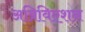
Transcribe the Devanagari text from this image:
अब्रिविएशन